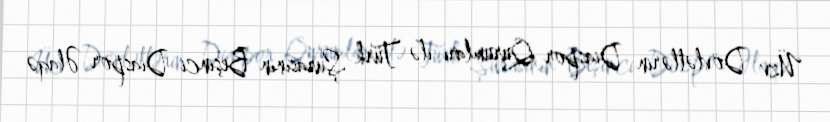
Üzv Dövlətlərin Diaspor Qurumları ilə Türk Şurasının Beşinci Diaspor Əlaqə